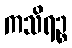
ကသိရဉ္စ